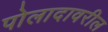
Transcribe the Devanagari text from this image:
पोलादावरील